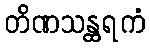
တိဏသန္ထရကံ